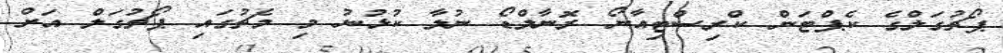
ޕޯޗުގަލްގެ ކެޕްޓަން ކްރިސްޓިއާނޯ ރޮނާލްޑޯ ނުލާ ކުޅުނު މި މެޗުގައި ޕޯޗުގަލް އަށް